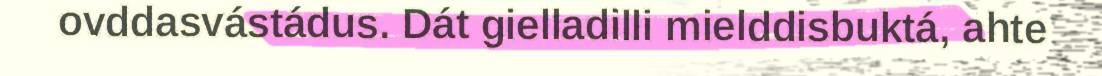
ovddasvástádus. Dát gielladilli mielddisbuktá, ahte